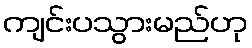
ကျင်းပသွားမည်ဟု